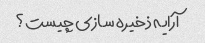
آرایه ذخیره سازی چیست؟